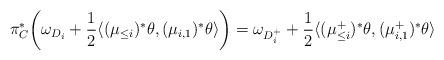
LaTeX: \begin{align*} \pi_C^* \biggl( \omega_{D_i} + \frac 12 \langle (\mu_{\le i})^* \theta , (\mu_{i,1})^* \theta \rangle \biggr) = \omega_{D_i^+} + \frac 12 \langle (\mu_{\le i}^+)^* \theta , (\mu_{i,1}^+)^* \theta \rangle \end{align*}